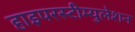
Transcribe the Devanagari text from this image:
हाइपरस्टीम्युलेशन